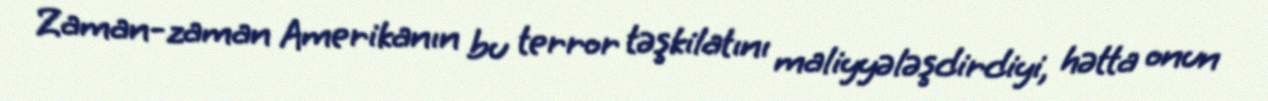
Zaman-zaman Amerikanın bu terror təşkilatını maliyyələşdirdiyi, hətta onun